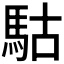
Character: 𩢪